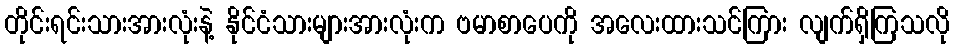
တိုင်းရင်းသားအားလုံးနဲ့ နိုင်ငံသားများအားလုံးက ဗမာစာပေကို အလေးထားသင်ကြား လျက်ရှိကြသလို